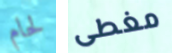
لحام مغطى